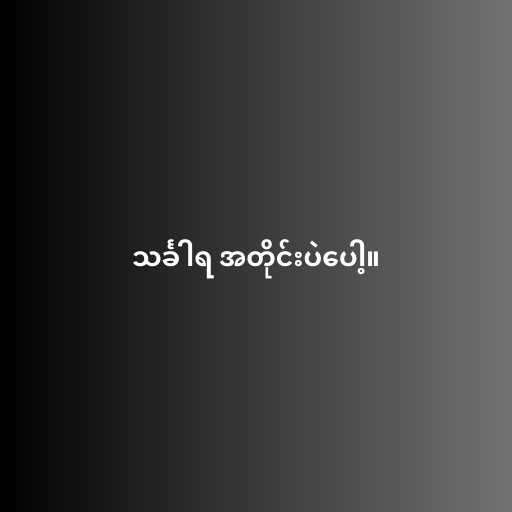
သင်္ခါရ အတိုင်းပဲပေါ့။